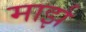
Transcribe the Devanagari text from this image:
मार्झ